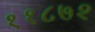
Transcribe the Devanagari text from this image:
११८७२